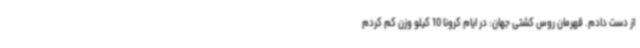
از دست دادم. قهرمان روس کشتی جهان: در ایام کرونا 10 کیلو وزن کم کردم